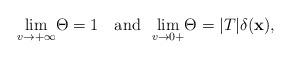
LaTeX: \begin{align*} \underset{v \rightarrow +\infty}{\mathrm{lim}}\Theta =1 \ \ \ \mathrm{and} \ \ \underset{v \rightarrow 0+}{\mathrm{lim}}\Theta=\vert T\vert \delta(\mathbf{x}),\end{align*}